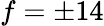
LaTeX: f=\pm 14